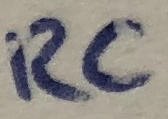
Text: RC